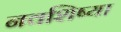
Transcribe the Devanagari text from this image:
नवशिष्या